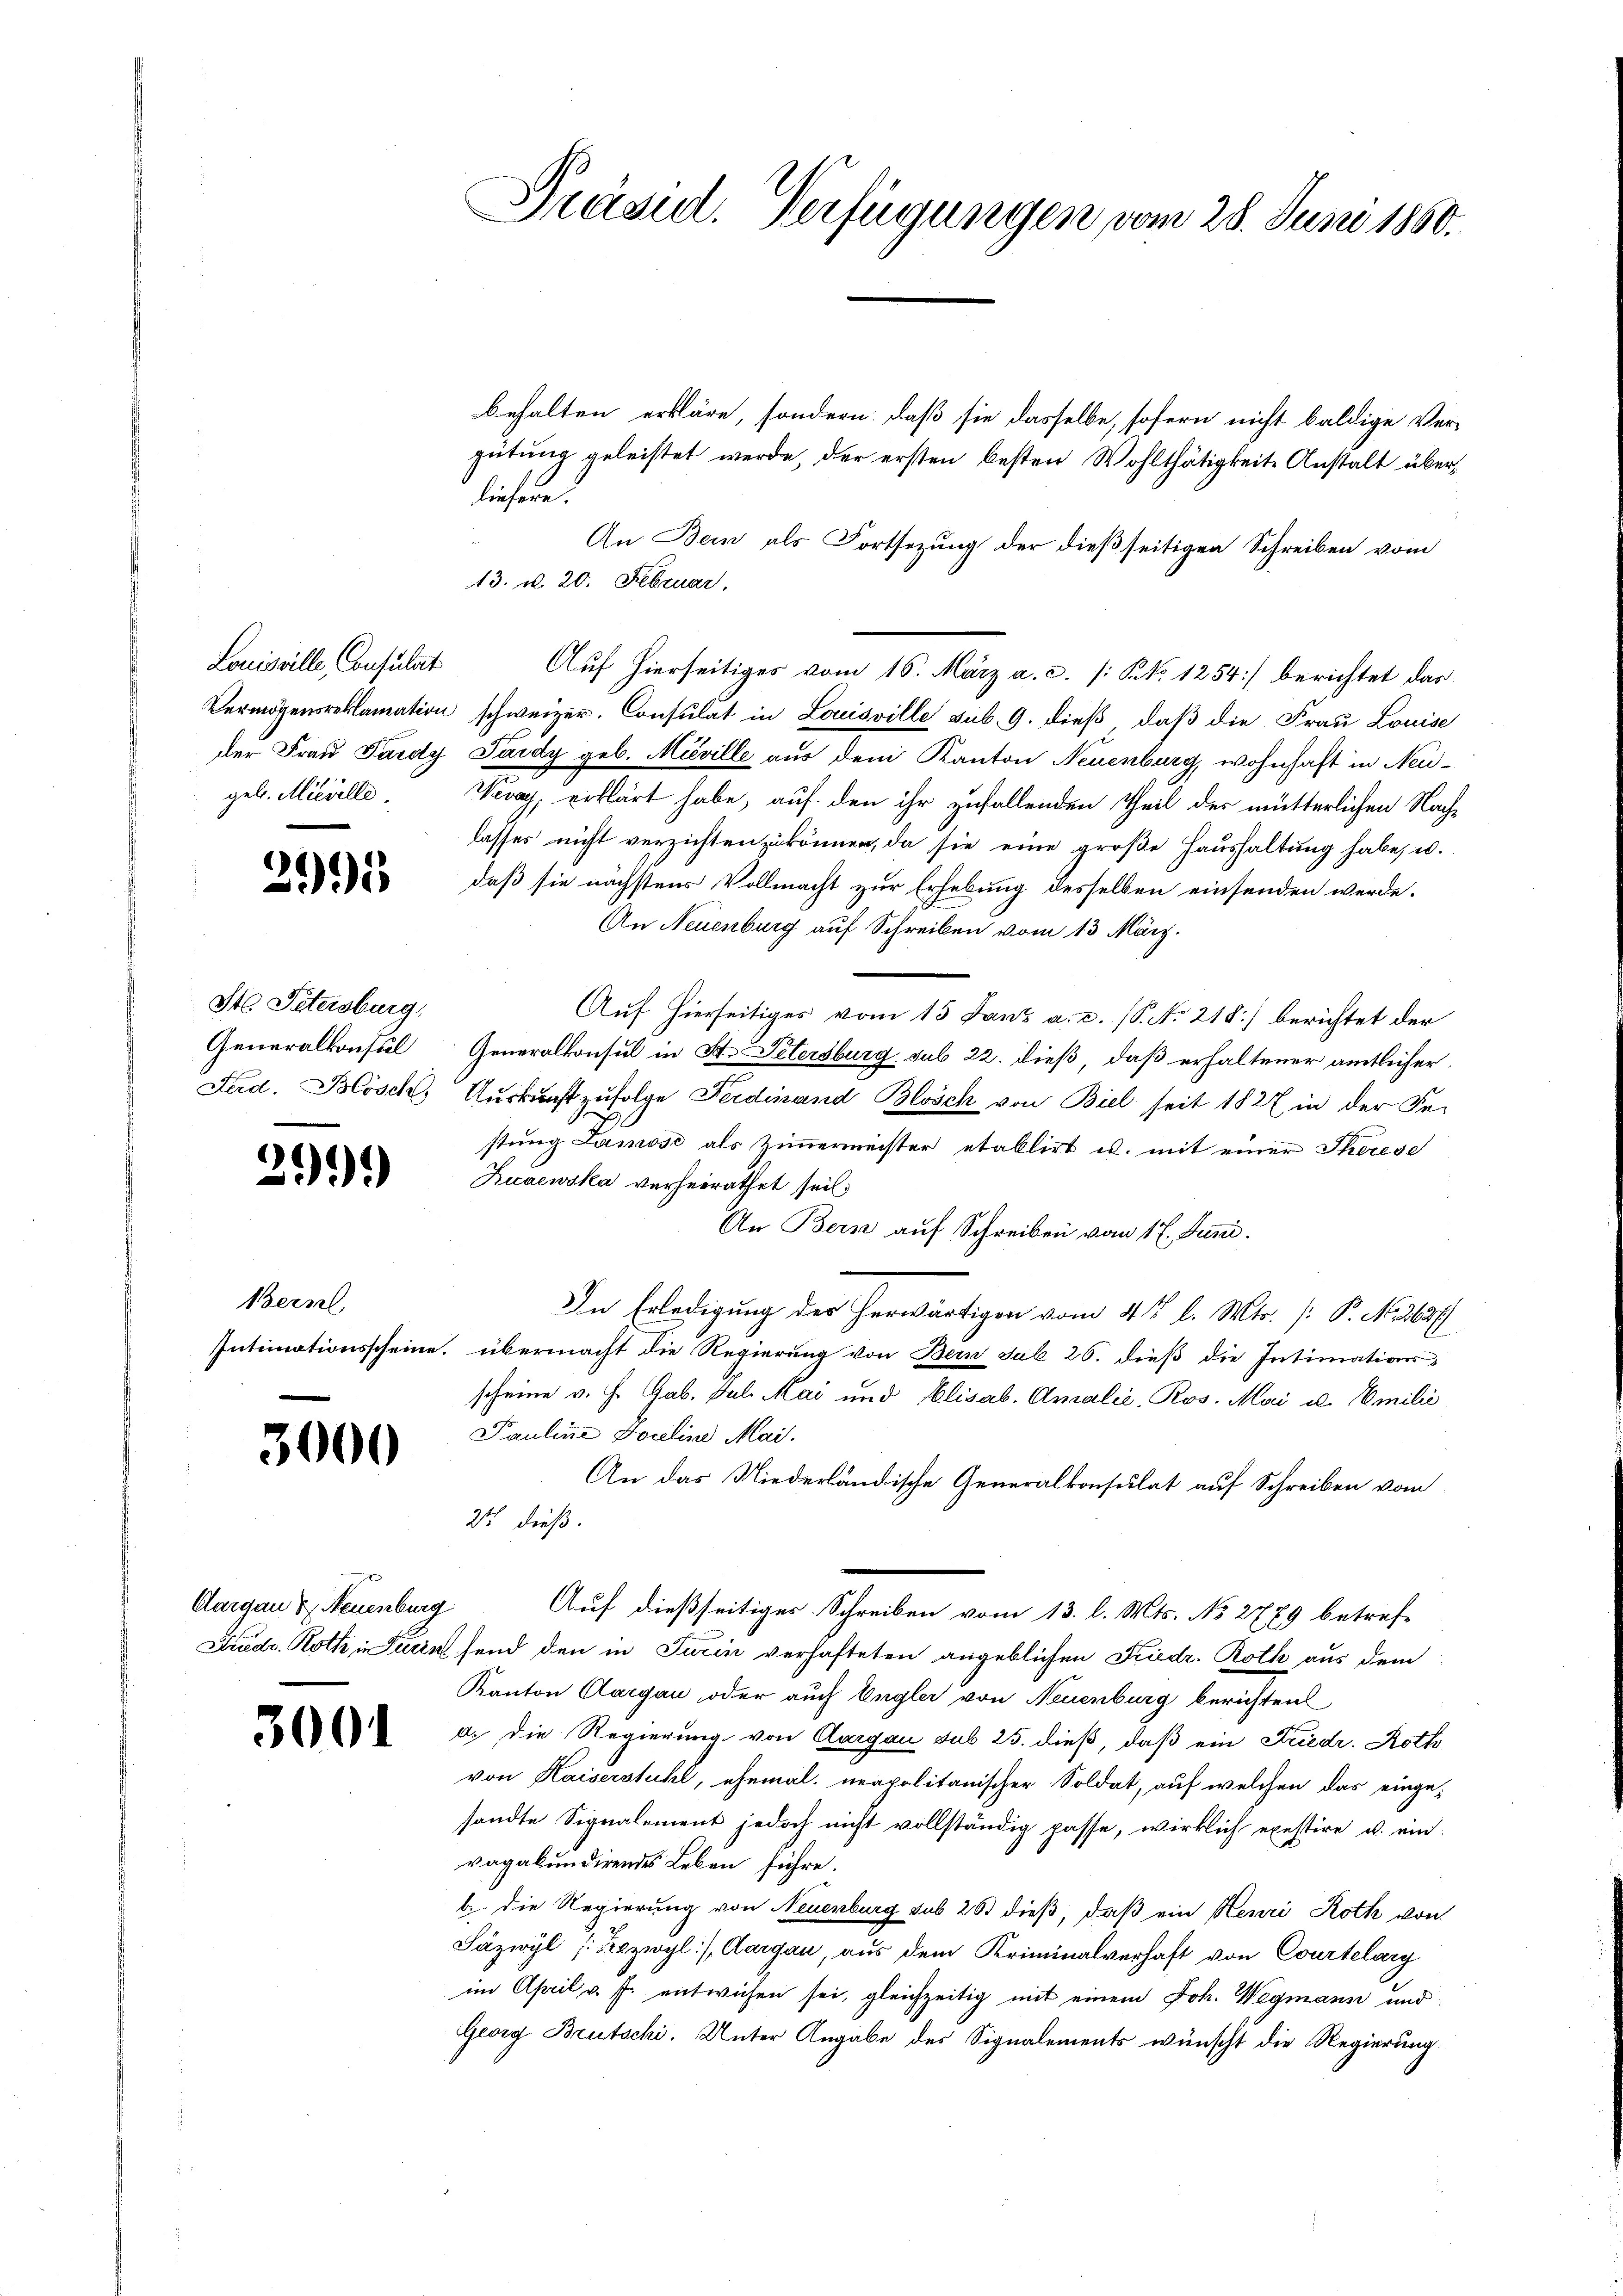
Louisville, Consulat
geb. Mieselle

3995

St. Petersburg,

299)

Bern,

3000

behalten erkläre, sondern, daß sie dasselbe, sofern nicht baldige Ver-
gütung geleistet werde, der ersten besten Wohlthätigkeite Anstalt überliefere.
An Bein als Fortsezung der dießseitigen Schreiben vom
13. d. 20. Februar.
Auf hierseitiges vom 16. März a. c. [§ No 1254] berichtet das
Vermögensreklamation schweizer. Consulat in Louisville sub. 9. dieß, daß die Frau Louise
der Frau Pardy Lardy geb. Meville aus dem Kanton Neuenburg, wohnhaft in Neu¬
Nuay, erklärt habe, auf den ihr zufallenden Theil des mütterlichen Nachlasses nicht verzichten zu können, da sie eine große Haushaltung habe, u.
daß sie nächstens Vollmacht zur Erhebung desselben einsenden werde.
An Neuenburg auf Schreiben vom 13. März.
Auf hierseitiges vom 15. Janz a. c. (T. No 218] berichtet der
Generalkonsul Generalkonsul in St. Petersburg sub 22. dieß, daß erhaltener amtlicher
Fad. Blösch, Auskunft zufolge Ferdinand Blösch von Biel seit 1827 in der Se-
stung Lamose als Zimmermeister etablirt u. mit einer Therese
Ruaewska verheirathet sei,
An Bern auf Schreiben vom 17. Juni.
In Erledigung der herwärtigen vom 4 t l. Mts. [: P. N. 2827
Intimationsscheine, übermacht die Regierung von Bern sub 26. dieß die Intimations-
scheine v. J. Gab. Jul. Mai und Elisab. Amalie. Ros. Mai u. Emilić
Pauline Forelina Mai.
An das Niederländische Generalkonsulat auf Schreiben vom
21 dieß.
Auf dießseitiges Schreiben vom 13. l. Mts. No 2779 betref-
Friedr. Roth in Turin send den in Turin verhafteten angeblichen Kiedr. Roth aus dem
Kanton Clargau oder auch Engler von Neuenburg berichten
d. Die Regierung von Aargau sub 25. dieß, daß ein Friedr. Roth
von Kaiserstuhl, ehemal neapolitanischer Soldat, auf welchen das einge-
sandte Signalement jedoch nicht vollständig passe, wirklich exestire u. einvagabundirendes Leben führe.
b. Die Regierung von Neuenburg sub 26 dieß, daß ein Henri Roth von
Säzwyl (Rezwyl), Aargau, aus dem Kriminalverhaft von Courtelary
im April v. J. entwichen sei, gleichzeitig mit einem Joh. Wegmann und
Georg Brutschi. Unter Angabe des Signalements wünscht die Regierung.

Cargau & Neuenburg

3001

Präsid. Verfügungen vom 28. Juni 1860.